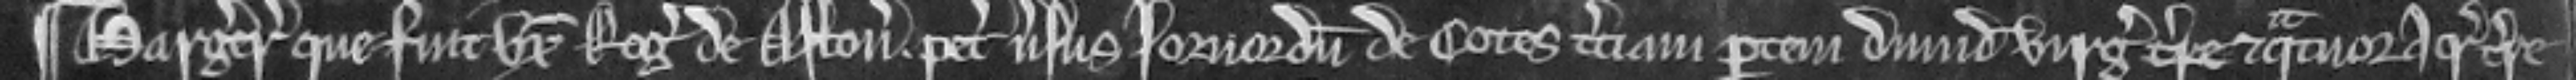
¶ Margareta que fuit uxor Rogeri de Aston petit versus Jorvordum de Cotes terciam partem dimidie virgate et quatuor acrarum terre